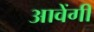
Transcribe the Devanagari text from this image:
आवेंगी